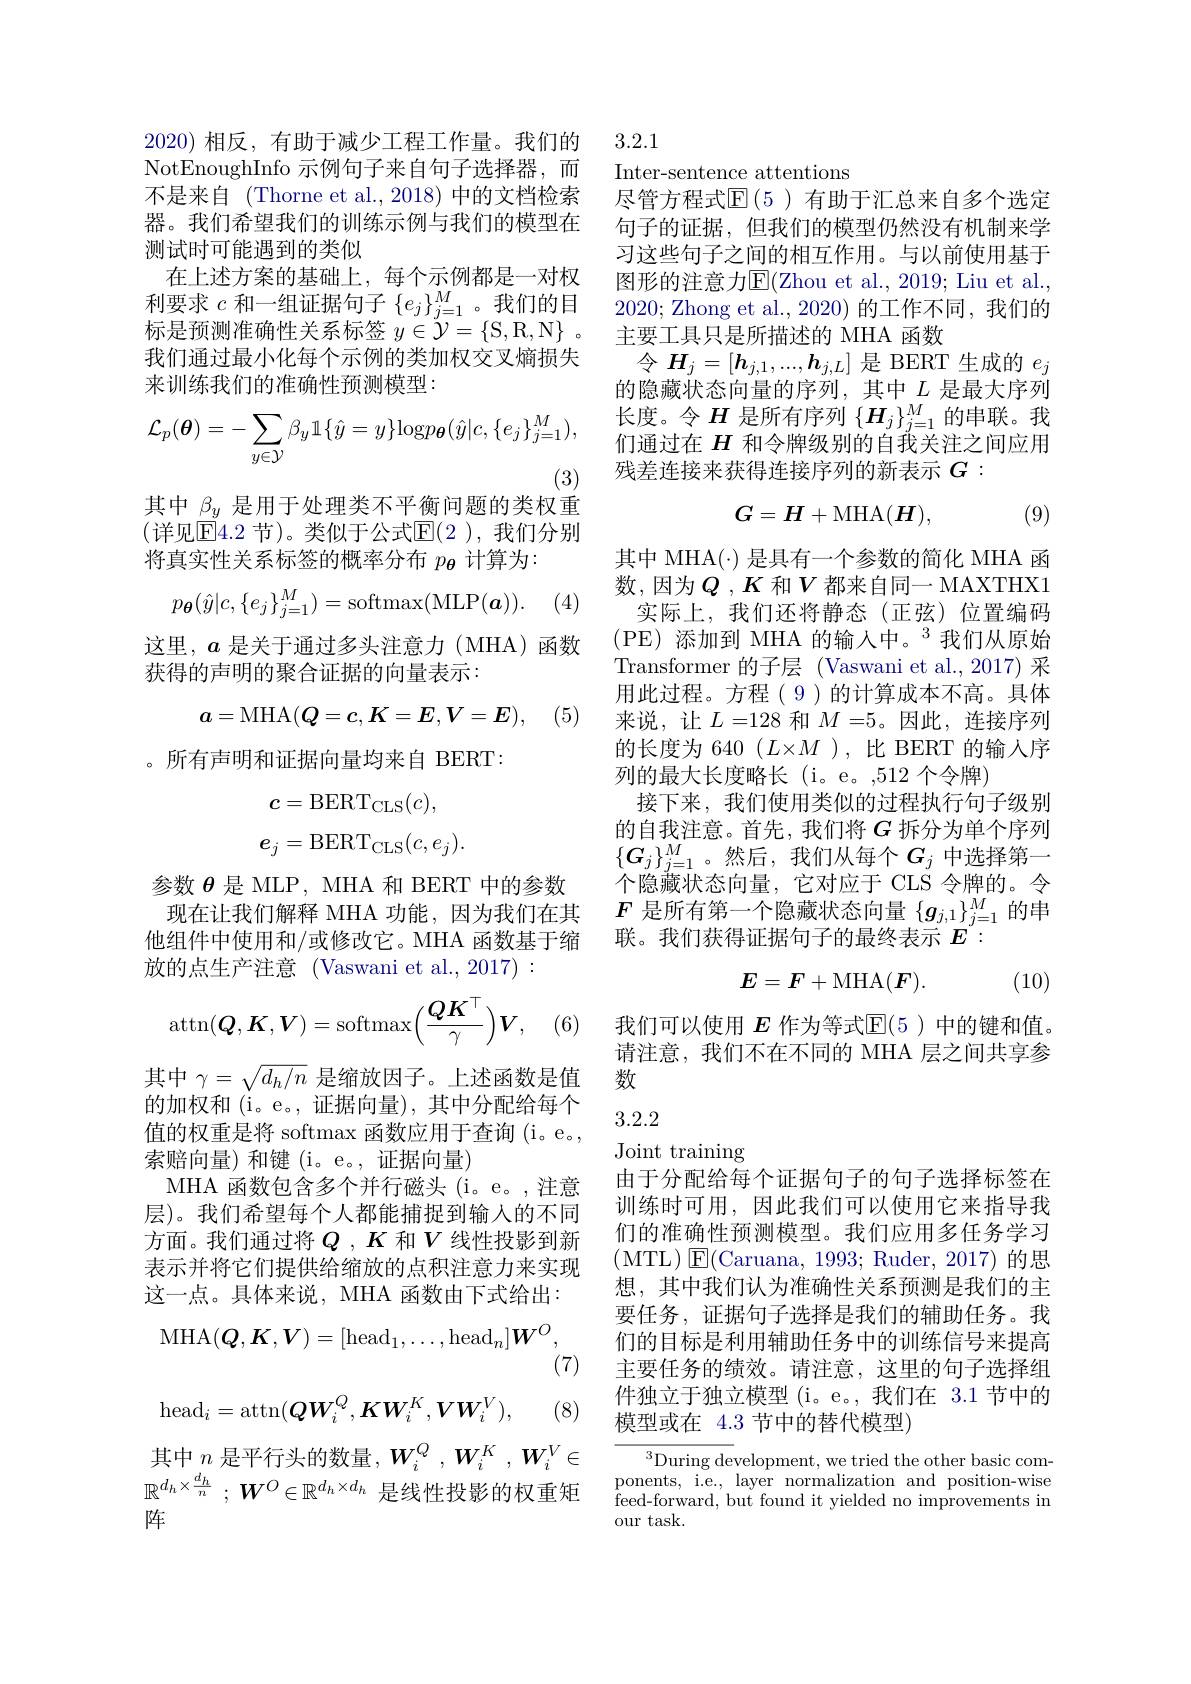
2020) 相反，有助于减少工程工作量。我们的

NotEnoughInfo 示例句子来自句子选择器，而

不是来自 (Thorne et al., 2018) 中的文档检索

器。我们希望我们的训练示例与我们的模型在

测试时可能遇到的类似

在上述方案的基础上，每个示例都是一对权

利要求$c$和一组证据句子$\{e_j\}_j=1^M$ 。我们的目

标是预测准确性关系标签$y\in {\mathcal{Y} }= \{$S, R, N$\} .$

我们通过最小化每个示例的类加权交叉熵损失

来训练我们的准确性预测模型：
$$\mathcal{L}_{p}(\boldsymbol{\theta})=-\sum_{y\in\mathcal{Y}}\beta_{y}\mathbb{1}\{\hat{y}=y\}\mathrm{log}p_{\boldsymbol{\theta}}(\hat{y}|c,\{e_{j}\}_{j=1}^{M}),$$
(3)
其中$\underline{\beta_y}$是用于处理类不平衡问题的类权重

(详见$\overline{\mathrm{E}}4.2$ 节)。类似于公式$\mathbb{E}(2$ ),我们分别

将真实性关系标签的概率分布$p_{\boldsymbol{\theta}}$计算为：
$$p_{\boldsymbol{\theta}}(\hat{y}|c,\{e_j\}_{j=1}^M)=\mathrm{softmax}(\mathrm{MLP}(\boldsymbol{a})).$$
(4

这里，$a$是关于通过多头注意力(MHA)函数

获得的声明的聚合证据的向量表示：
$$a=\mathrm{MHA}(Q=c,K=E,V=E),$$
(5)

。所有声明和证据向量均来自 BERT:
$$\begin{aligned}c&=\mathrm{BERT}_{\mathrm{CLS}}(c),\\e_{j}&=\mathrm{BERT}_{\mathrm{CLS}}(c,e_{j}).\end{aligned}$$
(6)
$$\operatorname{attn}(\boldsymbol{Q},\boldsymbol{K},\boldsymbol{V})=\operatorname{softmax}\Big(\frac{QK^\top}{\gamma}\Big)\boldsymbol{V},$$
参数$\theta$是 MLP, MHA 和 BERT 中的参数现在让我们解释 MHA 功能，因为我们在其他组件中使用和/或修改它。MHA 函数基于缩放的点生产注意(Vaswani et al., 2017):
其中$\gamma=\sqrt{d_h/n}$是缩放因子。上述函数是值的加权和 (i。e。, 证据向量), 其中分配给每个值的权重是将 softmax 函数应用于查询 (i。e。, 索赔向量)和键(i。e。,证据向量)
MHA 函数包含多个并行磁头 (i。e。,注意层)。我们希望每个人都能捕捉到输入的不同方面。我们通过将$Q$ , $K$和$V$线性投影到新表示并将它们提供给缩放的点积注意力来实现这一点。具体来说，MHA 函数由下式给出：
$$\mathrm{MHA}(\boldsymbol{Q},\boldsymbol{K},\boldsymbol{V})=[\mathrm{head}_1,\ldots,\mathrm{head}_n]\boldsymbol{W}^O,$$
(7)
$$\mathrm{head}_i=\mathrm{attn}(\boldsymbol{QW}_i^Q,\boldsymbol{KW}_i^K,\boldsymbol{VW}_i^V),$$
(8)
其中$n$是平行头的数量，$W_i^Q,W_i^K,W_i^V\in$ $\mathbb{R} ^{d_h\times \frac {d_h}n}$ ; $\boldsymbol{W}^O\in \mathbb{R} ^{d_h\times d_h}$ 是线性投影的权重矩阵

3.2.1

Inter-sentence attentions
尽管方程式$\operatorname{E}(5)$ 有助于汇总来自多个选定句子的证据，但我们的模型仍然没有机制来学习这些句子之间的相互作用。与以前使用基于图形的注意力$\overline{\mathrm{E}}($Zhou et al., 2019; Liu et al., 2020; Zhong et al., 2020) 的工作不同，我们的主要工具只是所描述的 MHA 函数
令$H_j=[\boldsymbol{h}_{j,1},...,\boldsymbol{h}_{j,L}]$是 BERT 生成的$e_j$ 的隐藏状态向量的序列，其中$L$是最大序列长度。令$H$是所有序列$\{\boldsymbol{H}_j\}_{j=1}^M$的串联。我们通过在$H$和令牌级别的自我关注之间应用残差连接来获得连接序列的新表示$G:$
$$G=H+\mathrm{MHA}(\boldsymbol{H}),$$
(9)

其中 MHA(·) 是具有一个参数的简化 MHA 函数，因为$Q$ ,$K$ 和$V$ 都来自同一 MAXTHX1实际上，我们还将静态(正弦)位置编码(PE)添加到 MHA 的输入中。$^3$我们从原始Transformer 的子层 (Vaswani et al., 2017) 采用此过程。方程( 9)的计算成本不高。具体来说，让$L=128$ 和$M=5$。因此，连接序列的长度为 640 $(L\times M)$,比 BERT 的输人序列的最大长度略长(i。e。,512 个令牌)
接下来，我们使用类似的过程执行句子级别的自我注意。首先，我们将$G$拆分为单个序列$\{\boldsymbol{G}_j\}_{j=1}^M$。然后，我们从每个$G_j$中选择第一个隐藏状态向量，它对应于 CLS 令牌的。令$F$是所有第一个隐藏状态向量$\{g_j,1\}_{j=1}^M$的串联。我们获得证据句子的最终表示$E^{^{\prime}:}$

(10)
$$E=F+\mathrm{MHA}(\boldsymbol{F}).$$
我们可以使用$E$作为等式$\mathbb{E}(5)$中的键和值。请注意，我们不在不同的 MHA 层之间共享参数

### 3.2.2

Joint training
由于分配给每个证据句子的句子选择标签在训练时可用，因此我们可以使用它来指导我们的准确性预测模型。我们应用多任务学习(MTL$)\boxtimes$E(Caruana, 1993; Ruder, 2017)的思想，其中我们认为准确性关系预测是我们的主要任务，证据句子选择是我们的辅助任务。我们的目标是利用辅助任务中的训练信号来提高主要任务的绩效。请注意，这里的句子选择组件独立于独立模型 (i。e。,我们在 3.1 节中的模型或在 4.3 节中的替代模型)

$^{3}$During development, we tried the other basic components, i.e., layer normalization and position-wise ${\hat{\text{feed-forward, but found it yielded no improvements in}}}$ our task